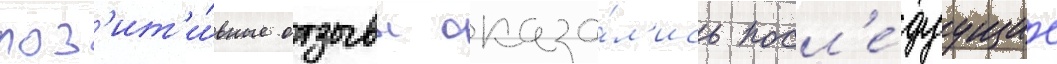
поз'ит'и́вные отзывы оказа́л'ись посл'е́дуущие